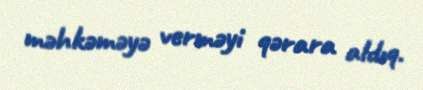
məhkəməyə verməyi qərara aldıq.